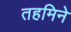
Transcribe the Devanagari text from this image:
तहमिने